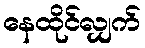
နေထိုင်လျှက်